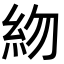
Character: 𥾸